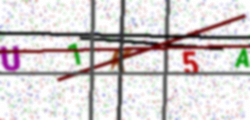
Text: U1K5A